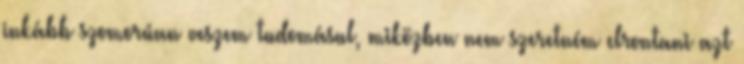
inkább szomorúan veszem tudomásul, miközben nem szeretném elrontani azt